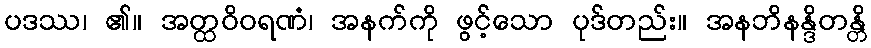
ပဒဿ၊ ၏။ အတ္ထဝိဝရဏံ၊ အနက်ကို ဖွင့်သော ပုဒ်တည်း။ အနဘိနန္ဒိတန္တိ